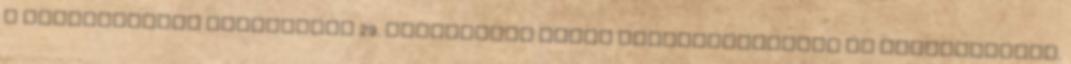
a Tusnádfürdőn megtartott 29. Bálványosi Nyári Szabadegyetemen és Diáktáborban.